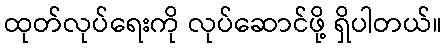
ထုတ်လုပ်ရေးကို လုပ်ဆောင်ဖို့ ရှိပါတယ်။